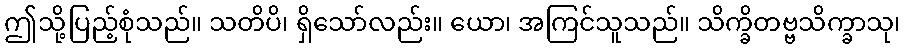
ဤသို့ပြည့်စုံသည်။ သတိပိ၊ ရှိသော်လည်း။ ယော၊ အကြင်သူသည်။ သိက္ခိတဗ္ဗသိက္ခာသု၊